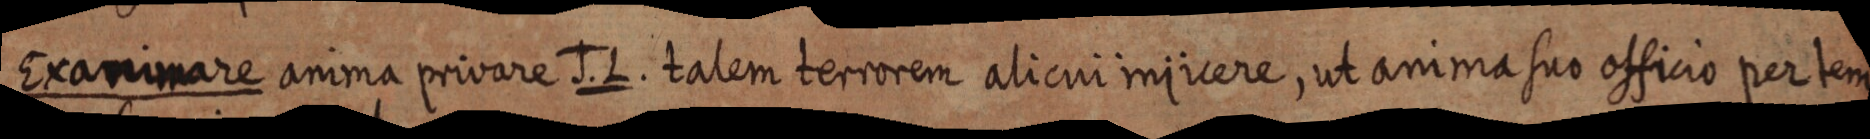
Exanimare anima privare J. L. talem terrorem alicui inivere, ut anima suo officio per tem